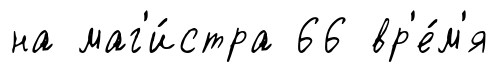
на маг'и́стра 66 вр'е́м'я